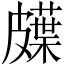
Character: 𱲇